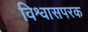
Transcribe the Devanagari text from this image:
विश्वासपरक